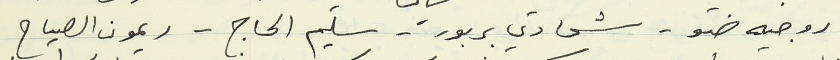
روجيه ضو - شحادي بربور - سليم الحاج - ريمون الصياح